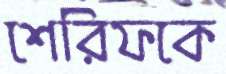
শেরিফকে